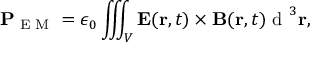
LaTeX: \mathbf { P } _ { \textrm { E M } } = \epsilon _ { 0 } \iiint _ { V } \mathbf { E } ( \mathbf { r } , t ) \times \mathbf { B } ( \mathbf { r } , t ) { \textrm { d } } ^ { 3 } \mathbf { r } ,